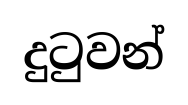
දුටුවන්